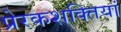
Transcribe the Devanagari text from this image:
प्रेरकशक्तियां